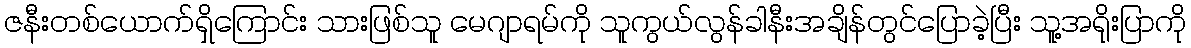
ဇနီးတစ်ယောက်ရှိကြောင်း သားဖြစ်သူ မေဂျာရမ်ကို သူကွယ်လွန်ခါနီးအချိန်တွင်ပြောခဲ့ပြီး သူ့အရိုးပြာကို